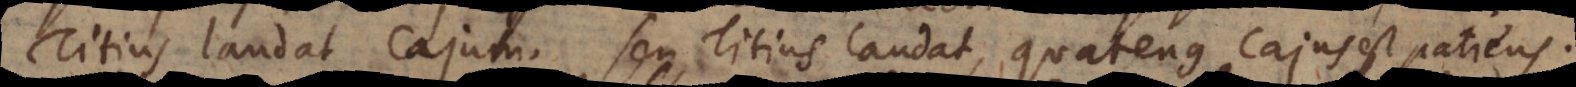
Titius laudat Cajum, seu Titius laudat, quatenus Cajus est patiens.